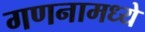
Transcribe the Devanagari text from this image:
गणनामध्ये